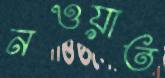
নওয়াত